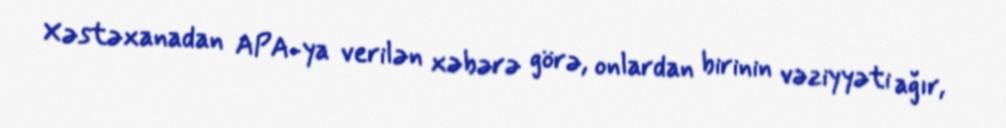
Xəstəxanadan APA-ya verilən xəbərə görə, onlardan birinin vəziyyəti ağır,